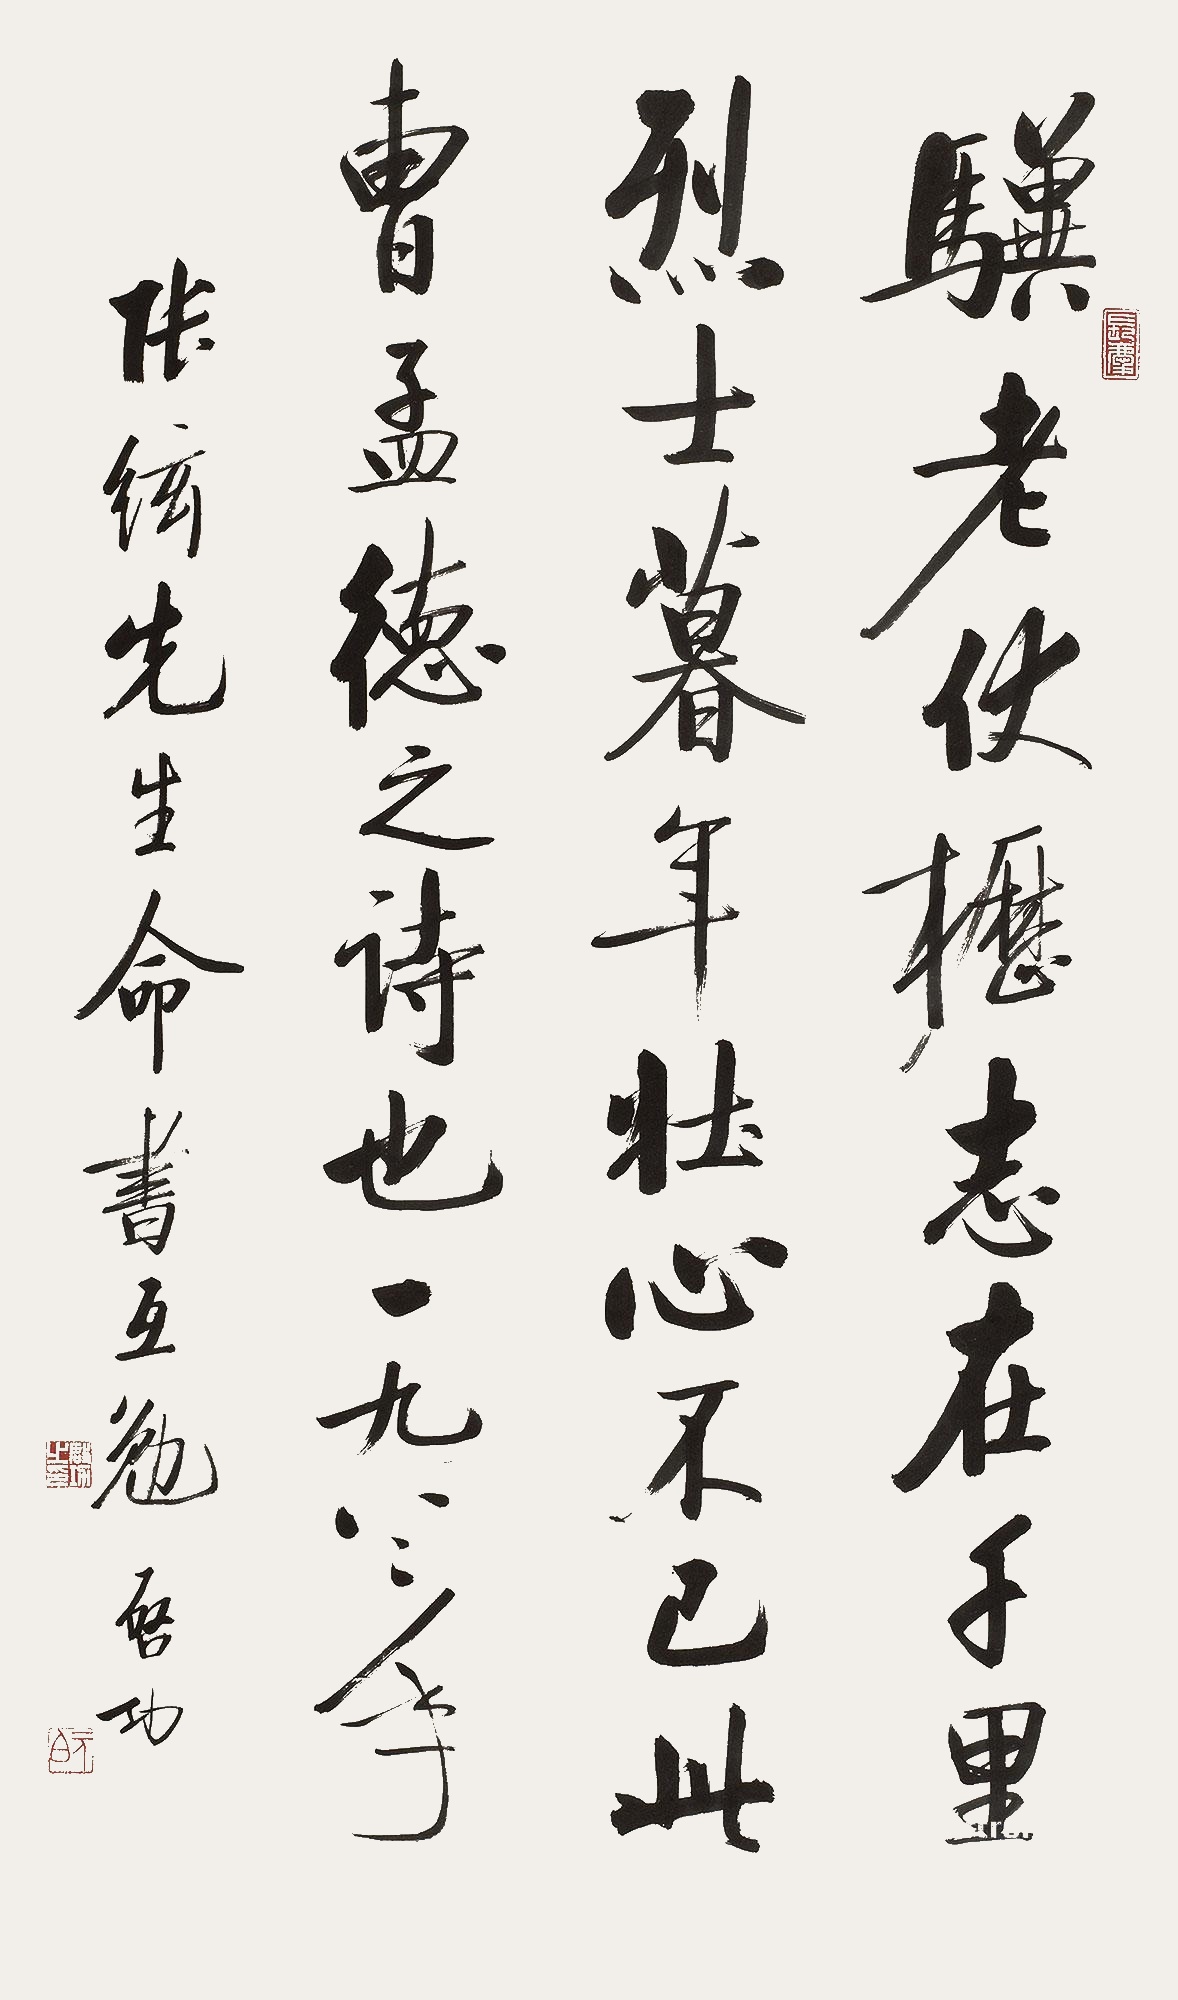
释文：老骥伏枥，志在千里，烈士暮年，壮心不已。曹孟德之诗也。一九八二年，张弦先生命书互勉。启功。